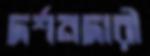
দর্শনদারী